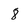
Character: 8